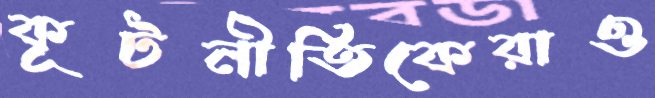
কূটনীতিকেরাও